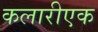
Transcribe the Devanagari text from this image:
कलारीएक